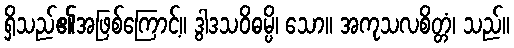
ရှိသည်၏အဖြစ်ကြောင့်။ ဒွါဒသဝိဓမ္ပိ၊ သော။ အကုသလစိတ္တံ၊ သည်။